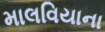
માલવિયાના